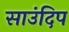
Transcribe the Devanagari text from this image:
साउंदिप